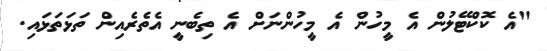
"އެ ކޮކްޓޭލުން އެ މީހުން އެ މީހުންނަށް އެ ތިބެނީ އެތެރެއިން ތަޅަތަޅައި.